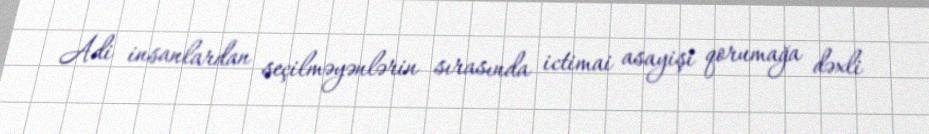
Adi insanlardan seçilməyənlərin sırasında ictimai asayişi qorumağa dəxli